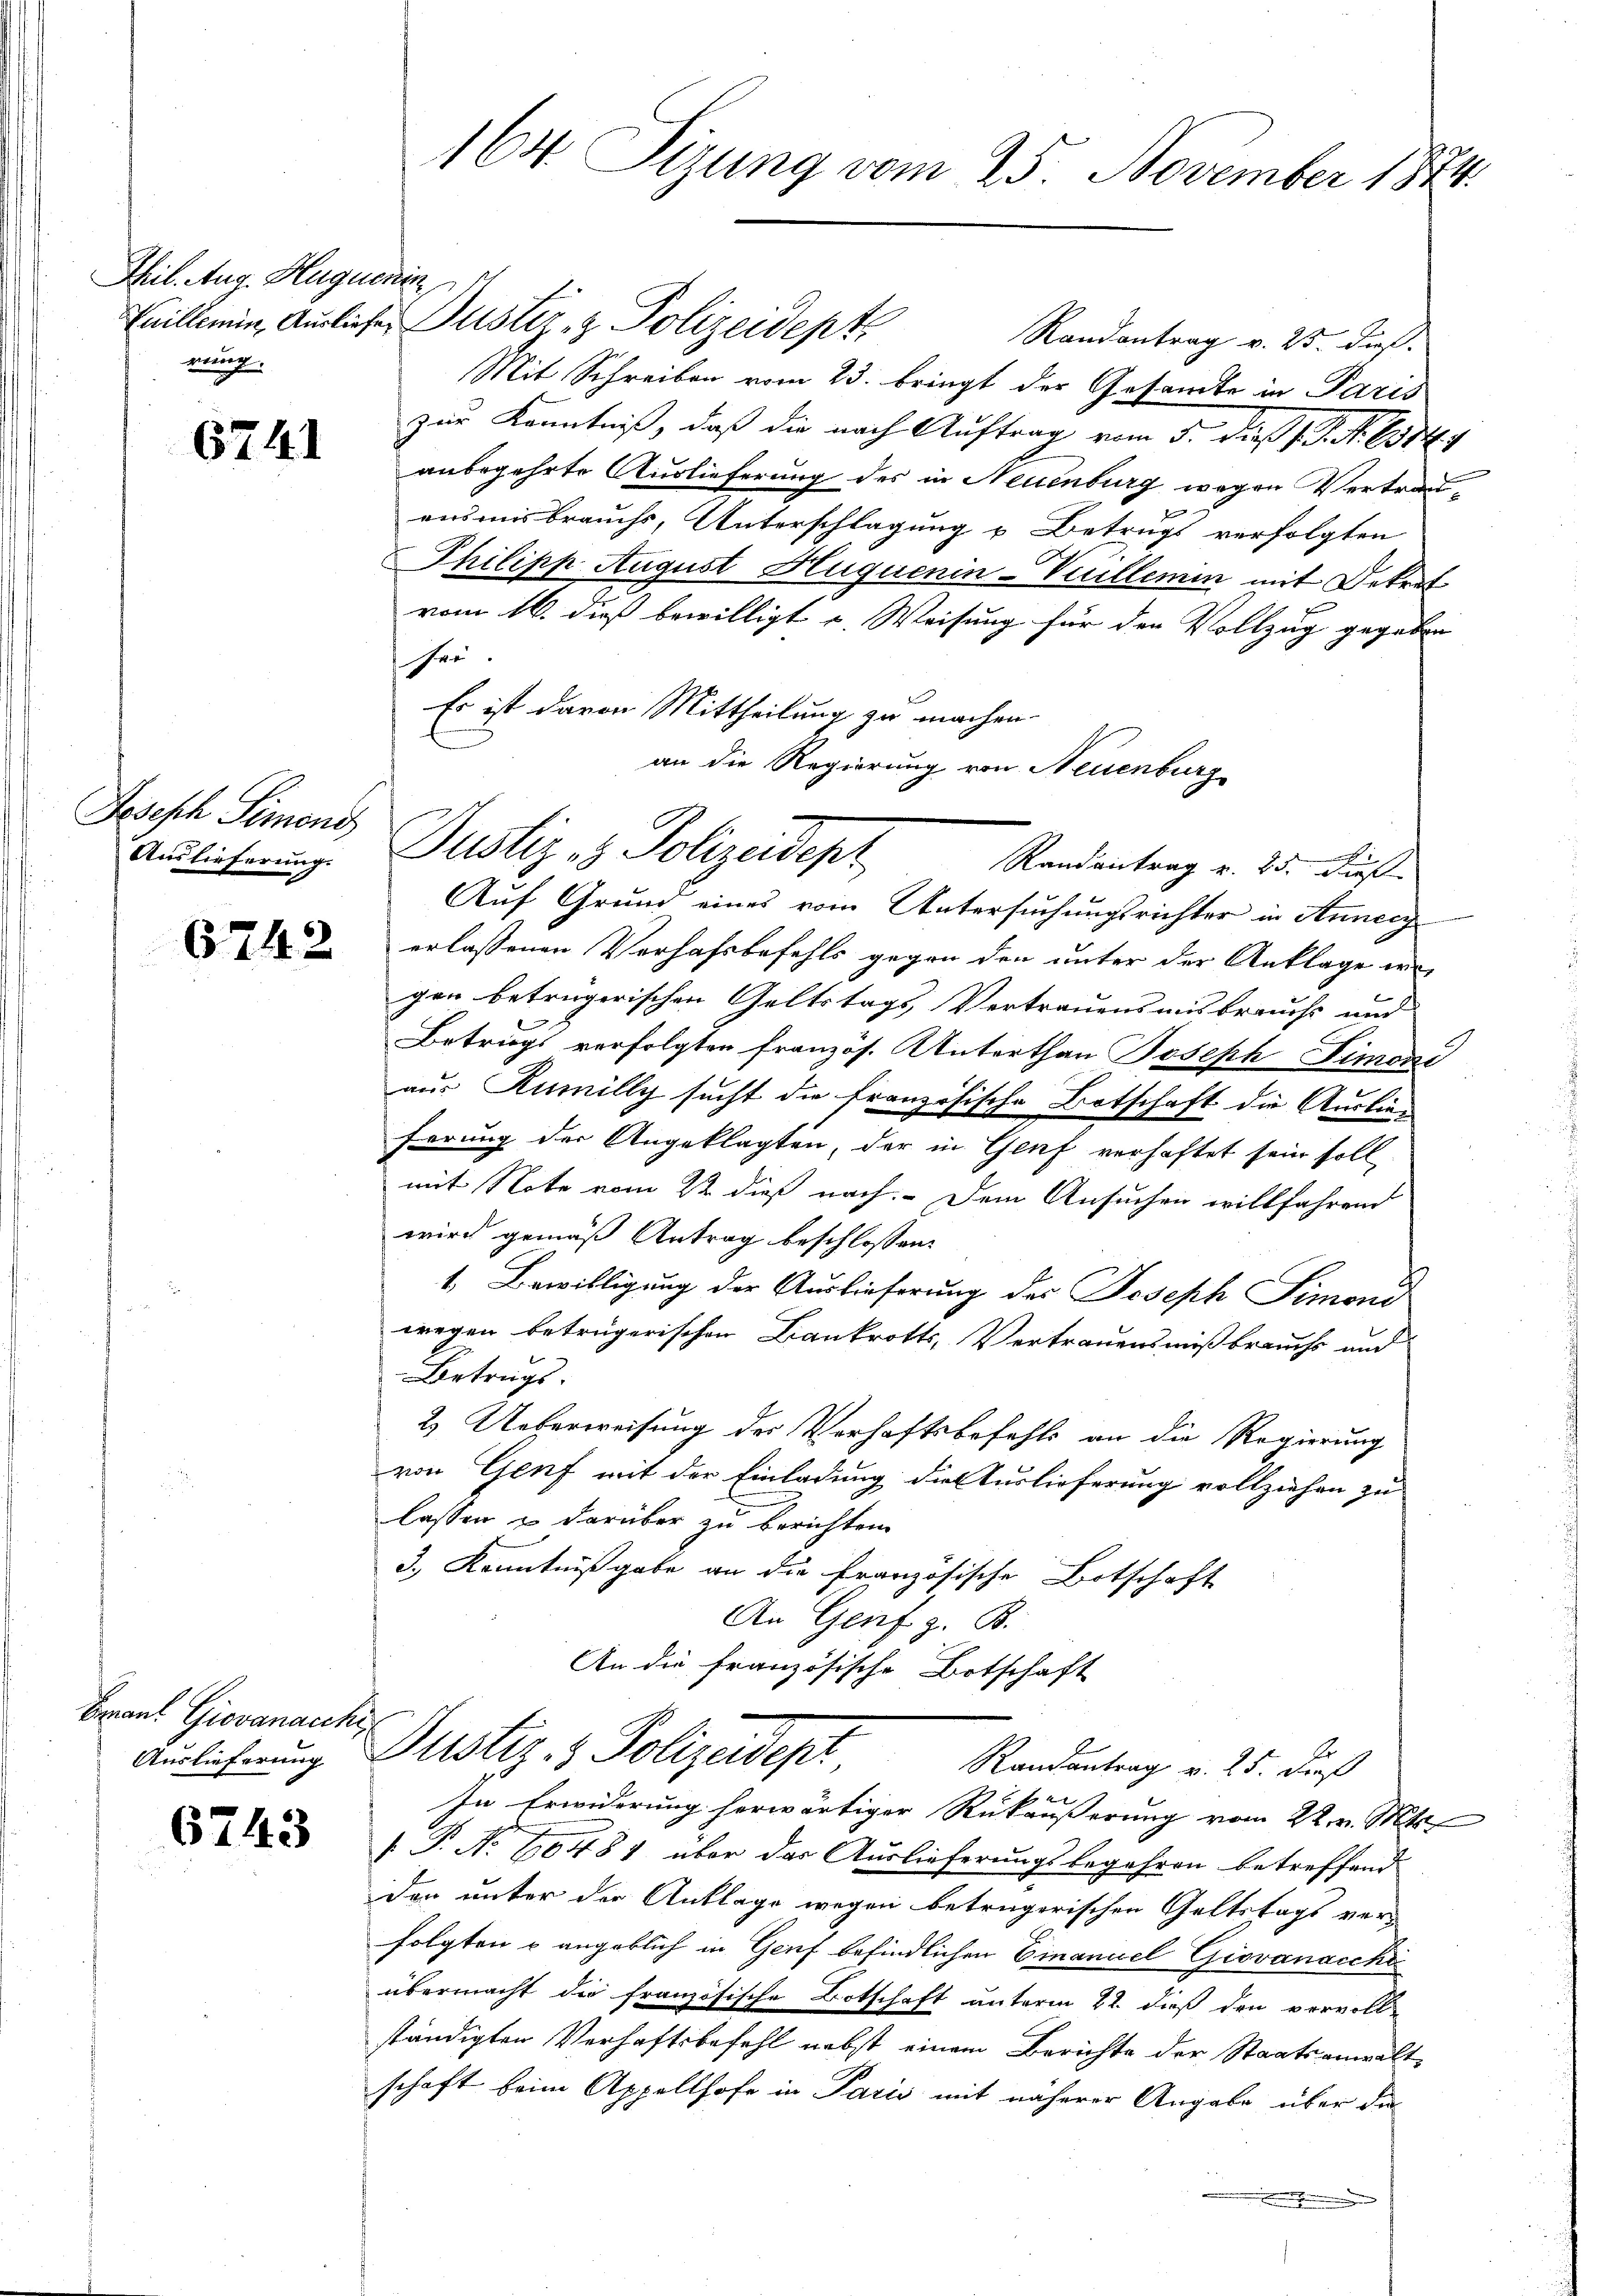
Phil. Aug. Huguenin
rung.

6741

Jesisch Simond
Auslieferung.

6742

Braut Giovanaechi

6743

164. Sizung vom 25. November 1874.

Taillemin, Ausliefer Juster- & Polizeidept
Randantrag v. 25. dieß.
Mit Schreiben vom 23. bringt der Gesandte in Paris
zur Kenntniß, daß die nach Auftrag vom 5. dieß s. S. Nr. 6314/
anbegehrte Auslieferung des in Neuenburg wegen Vertraueimisbrauchs, Unterschlagung u Betrugs verfolgten
Philipp August Huquenin-Viellemen mit Dekret
vom 16. dieß bewilligt u. Weisung für den Vollzug gegeben |
er
Es ist davon Mittheilung zu machen.
an die Regierung von Neuenburg
Randantrag v. 25. Fuß.
Auf Grund eines vom Untersuchungsrichter in Annecz
erlassenen Verhaftbefehls gegen den unter der Anklage er
gen betrügerischen Geltstags Vertrauensausbrauchs und
Betriegs verfolgten französ. Unterthan Joseph Simoni
.
aus Rumilly sucht die französische Botschaft die Auslie-
ferung der Angeklagten, der in Genf verhaftet sein soll
mit Note vom 22 dieß nach. Dem Ansuchen willfahrend
wird gemäß Antrag beschlossen:
1. Bewilligung der Auslieferung des Joseph Simond
wegen betrügerischen Bankrotts, Vertrauensmißbrauchs auf
Betrugs-
2. Ueberweisung der Verhaftsbefehls an die Regierung
von Genf mit der Einladung die Turlieferung vollziehen zu
lassen & darüber zu berichten
3.) Kenntnißgabe an die Französische Botschaft
An Genf z. B.
An die französische Botschaft
Amlicherung Plistiz- & Polizeidept
Randantrag v. 25. dieß
be
In Erwiderung herwärtiger Rükäußerung vom 22. v. Mts.
[ P. Nr. 60484 über das Auslieferungsbegehren betreffend
den unter der Anklage wegen betrügerischen Geltstags verfolgten u angeblich in Genf befindlichen Emanuel Giovanacchi
übermacht die französische Botschaft unterm 21. dieß den vervoll-
ständigten Verhaftsbefehl nebst einem Berichte der Staatsanwaltschaft beim Appellhofe in Paris mit näherer Angabe über die
.

Justiz- & Polizeidepr